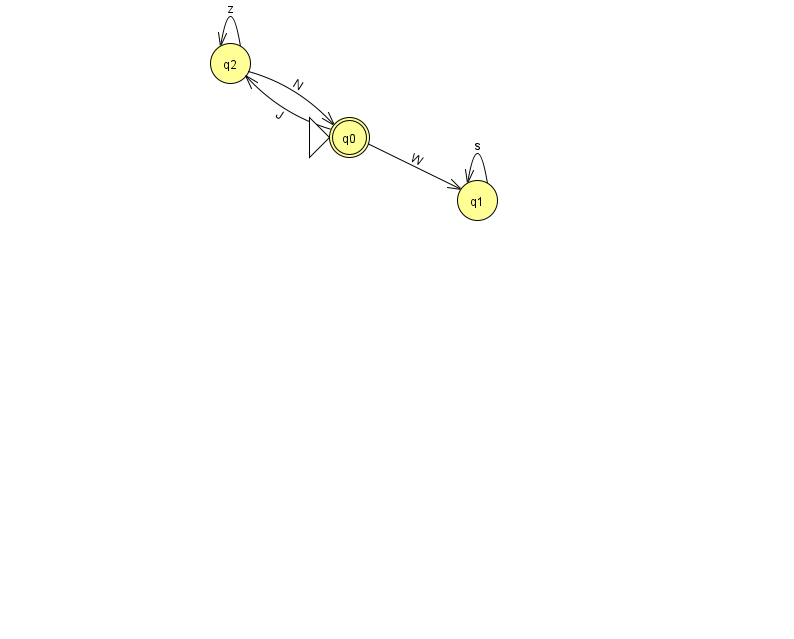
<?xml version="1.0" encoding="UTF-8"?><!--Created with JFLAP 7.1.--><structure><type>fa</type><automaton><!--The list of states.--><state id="0" name="q0"><x>349.0</x><y>124.0</y><initial/><final/></state><state id="1" name="q1"><x>477.0</x><y>187.0</y></state><state id="2" name="q2"><x>230.0</x><y>50.0</y></state><!--The list of transitions.--><transition><from>0</from><to>2</to><read>J</read></transition><transition><from>1</from><to>1</to><read>s</read></transition><transition><from>2</from><to>0</to><read>N</read></transition><transition><from>2</from><to>2</to><read>z</read></transition><transition><from>0</from><to>1</to><read>W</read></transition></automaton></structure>